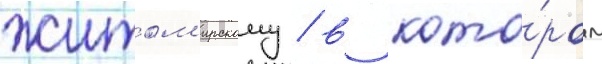
житом'ирскому / в кото́ром